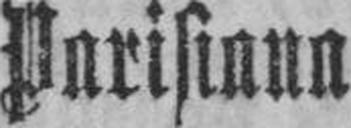
Parisiana